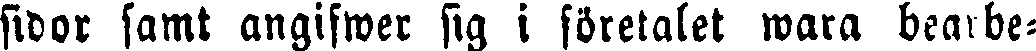
sidor samt angifwer sig i företalet wara bearbe-